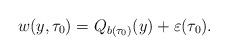
LaTeX: \begin{align*} w(y,\tau_0) = Q_{b(\tau_0)}(y) + \varepsilon(\tau_0).\end{align*}